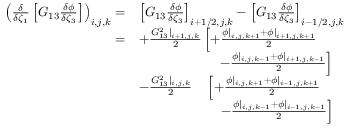
\begin{array} { r l } { \left( \frac { \delta } { \delta \zeta _ { 1 } } \left[ G _ { 1 3 } \frac { \delta \phi } { \delta \zeta _ { 3 } } \right] \right) _ { i , j , k } = } & { \left[ G _ { 1 3 } \frac { \delta \phi } { \delta \zeta _ { 3 } } \right] _ { i + 1 / 2 , j , k } - \left[ G _ { 1 3 } \frac { \delta \phi } { \delta \zeta _ { 3 } } \right] _ { i - 1 / 2 , j , k } } \\ { = } & { + \frac { G _ { 1 3 } ^ { 2 } | _ { i + 1 , j , k } } { 2 } \left[ + \frac { \phi | _ { i , j , k + 1 } + \phi | _ { i + 1 , j , k + 1 } } { 2 } \right. } \\ & { \qquad \qquad \qquad \left. - \frac { \phi | _ { i , j , k - 1 } + \phi | _ { i + 1 , j , k - 1 } } { 2 } \right] } \\ & { - \frac { G _ { 1 3 } ^ { 2 } | _ { i , j , k } } { 2 } \quad \left[ + \frac { \phi | _ { i , j , k + 1 } + \phi | _ { i - 1 , j , k + 1 } } { 2 } \right. } \\ & { \quad \qquad \qquad \: \: \: \: \, \left. - \frac { \phi | _ { i , j , k - 1 } + \phi | _ { i - 1 , j , k - 1 } } { 2 } \right] } \end{array}